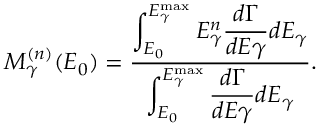
M _ { \gamma } ^ { ( n ) } ( E _ { 0 } ) = { \frac { \displaystyle { \int _ { E _ { 0 } } ^ { E _ { \gamma } ^ { \mathrm { m a x } } } E _ { \gamma } ^ { n } { \frac { d \Gamma } { d E \gamma } } d E _ { \gamma } } } { \displaystyle { \int _ { E _ { 0 } } ^ { E _ { \gamma } ^ { \mathrm { m a x } } } { \frac { d \Gamma } { d E \gamma } } d E _ { \gamma } } } } .